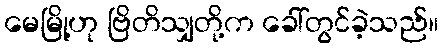
မေမြို့ဟု ဗြိတိသျှတို့က ခေါ်တွင်ခဲ့သည်။